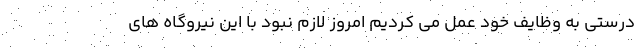
درستی به وظایف خود عمل می کردیم امروز لازم نبود با این نیروگاه های